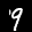
Label: 9